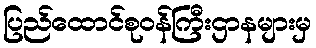
ပြည်ထောင်စုဝန်ကြီးဌာနများမှ